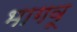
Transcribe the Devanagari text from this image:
भागवू